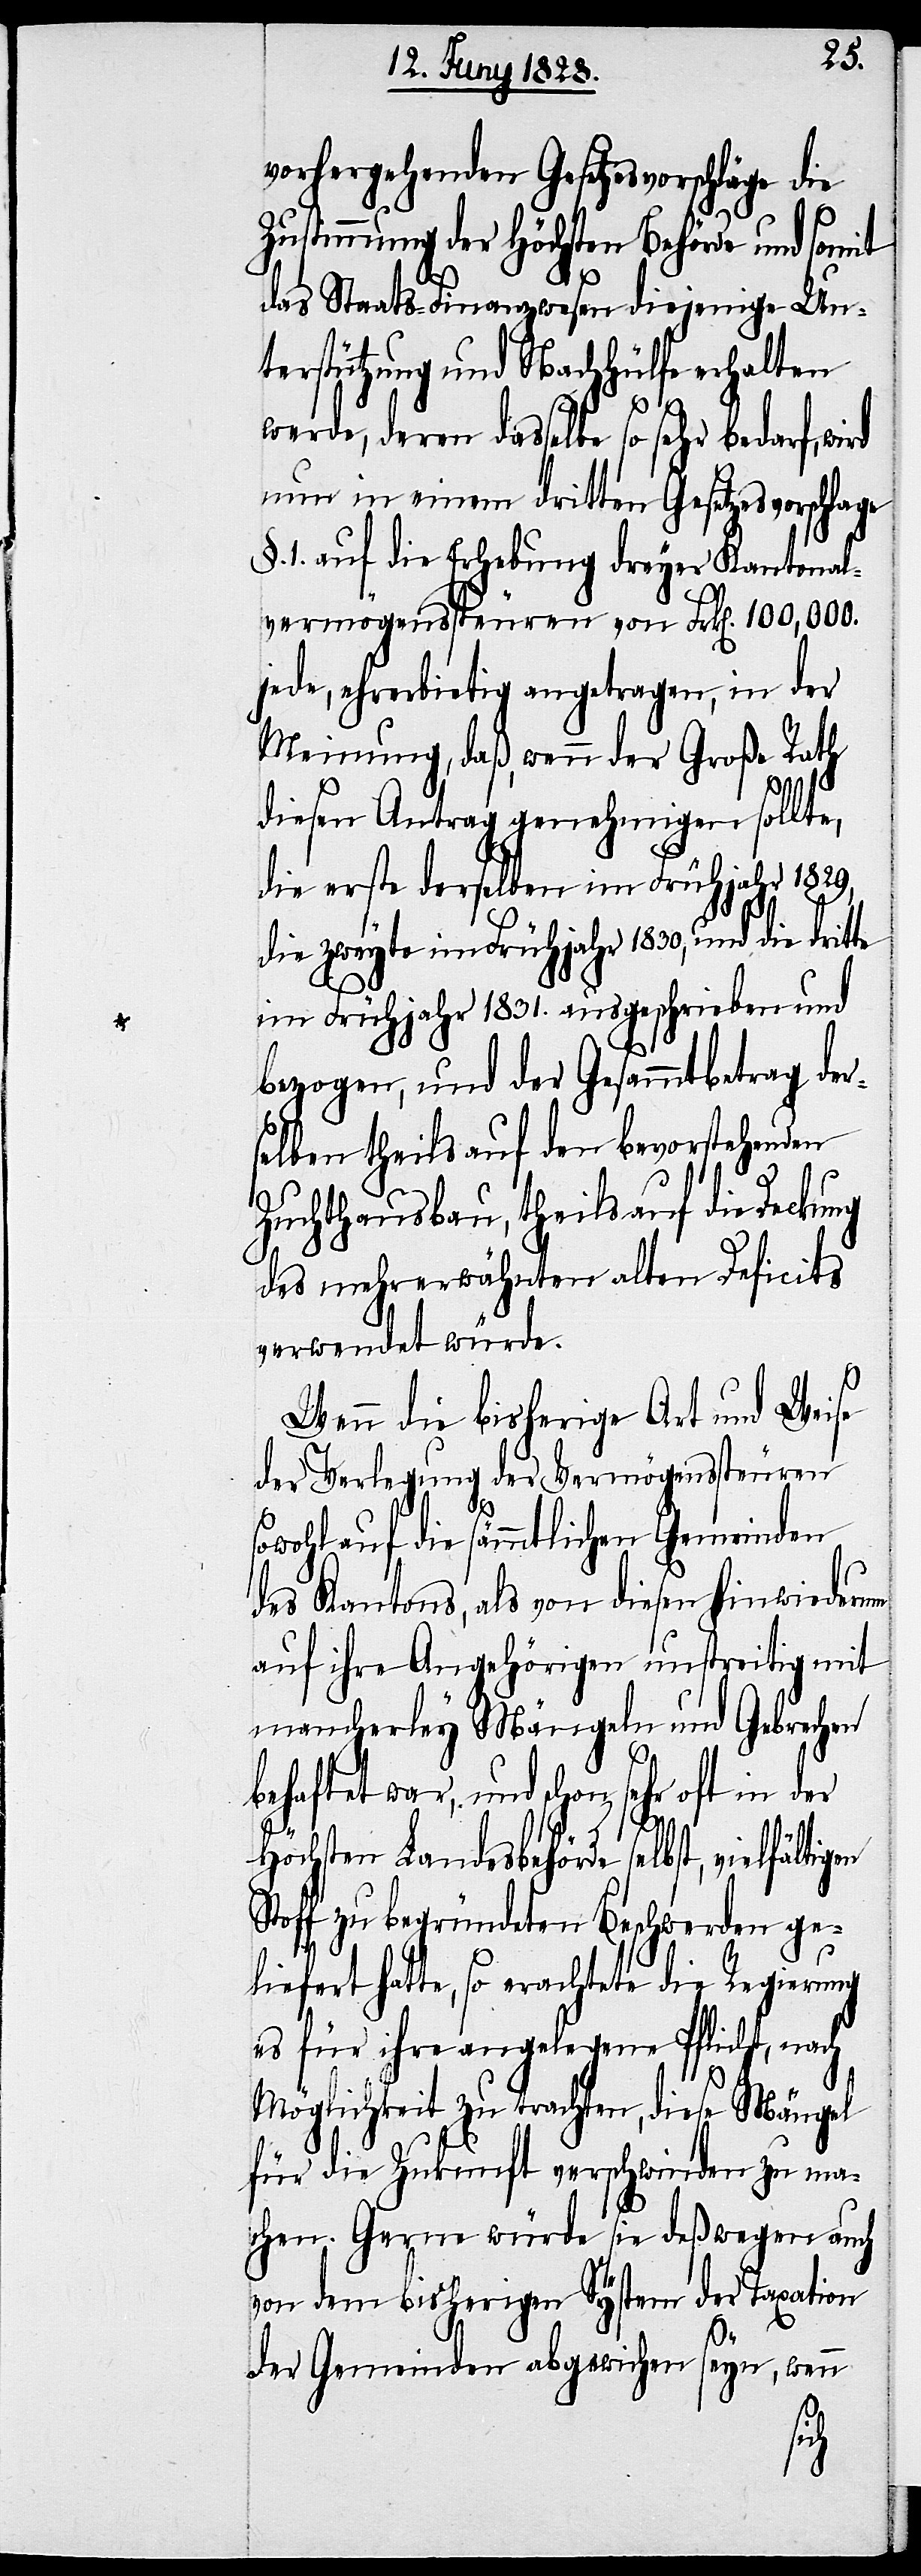
vorhergehenden Gesetzesvorschläge die
Zustimmung der Höchsten Behörde und somit
das Staats-Finanzwesen diejenige Un¬
terstützung und Nachhülfe erhalten
werde, deren dasselbe so sehr bedarf,
nun in einem dritten Gesetzesvorschlage
§. 1. auf die Erhebung dreyer Kantonal¬
vermögenssteuren von Frk[en]. 100,000.
jede, ehrerbietig angetragen, in der
Meinung, daß, wenn der Große Rath
diesen Antrag genehmigen sollte,
die erste derselben im Frühjahr 1829,
die zweyte im Frühjahr 1830, und die drit¬
im Frühjahr 1831. ausgeschrieben und
bezogen, und der Gesammtbetrag der¬
selben theils auf den bevorstehenden
Zuchthausbau, theils auf die Deckung
des mehrerwähnten alten Deficits
verwendet würde.
Wenn die bisherige Art und Weise
der Verlegung der Vermögenssteuren
sowohl auf die sämmtlichen Gemeinden
des Kantons, als von diesen hinwiederum
auf ihre Angehörigen unstreitig mit
mancherley Mängeln und Gebrechen
behaftet war, und schon sehr
Höchsten Landesbehörde selbst,
Stoff zu begründeten Beschwerden ge¬
liefert hatte, so erachtete die Regierung
es für ihre angelegene Pflicht, nach
Möglichkeit zu trachten, diese Mängel
für die Zukunft verschwinden zu ma¬
chen. Gerne würde sie deßwegen auch
von dem bisherigen System der Taxation
der Gemeinden abgewichen seyn, wenn
te